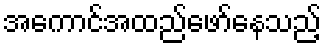
အကောင်အထည်ဖော်နေသည့်